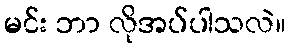
မင်း ဘာ လိုအပ်ပါသလဲ။